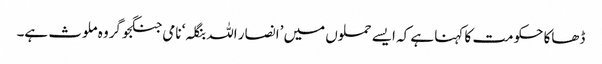
ڈھاکا حکومت کا کہنا ہے کہ ایسے حملوں میں ’انصار اللہ بنگلہ‘ نامی جنگجو گروہ ملوث ہے۔